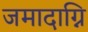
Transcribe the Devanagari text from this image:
जमादाग्नि